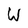
Character: W